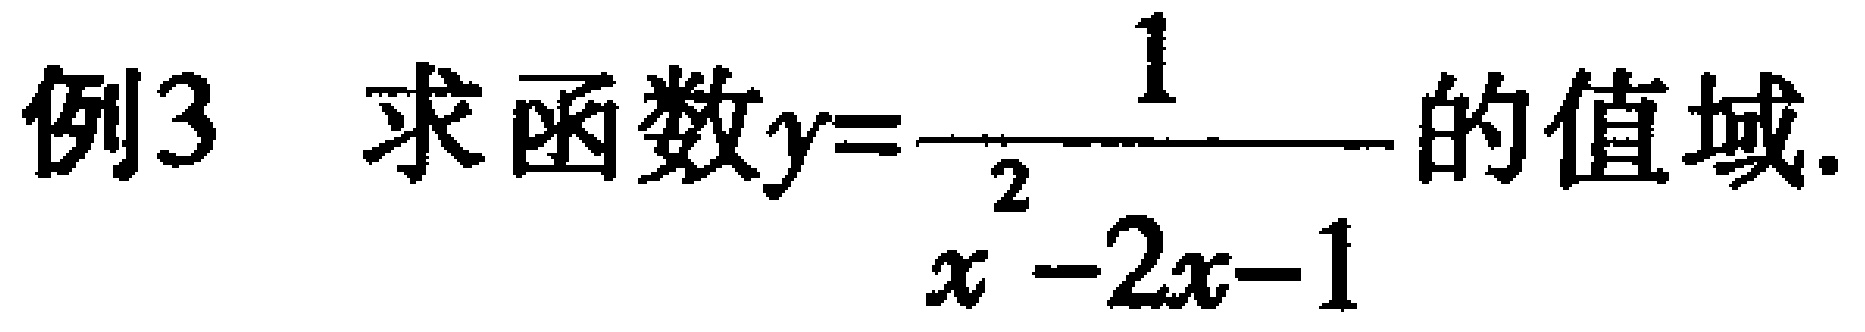
例3 求函数\(y = \frac{1}{x^{2}-2x - 1}\)的值域.